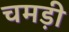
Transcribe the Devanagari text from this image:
चमड़ी